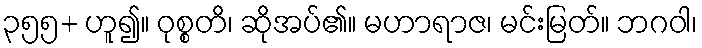
၃၅၅+ ဟူ၍။ ဝုစ္စတိ၊ ဆိုအပ်၏။ မဟာရာဇ၊ မင်းမြတ်။ ဘဂဝါ၊